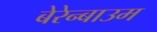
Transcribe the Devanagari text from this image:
बेरेन्बाउम